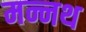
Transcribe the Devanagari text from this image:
मन्नथ